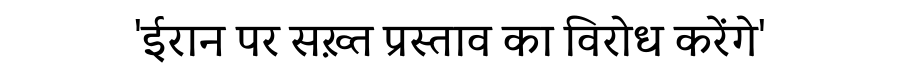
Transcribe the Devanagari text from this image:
'ईरान पर सख़्त प्रस्ताव का विरोध करेंगे'